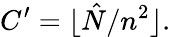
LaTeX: C^{\prime}=\lfloor\hat{N}/n^{2}\rfloor.